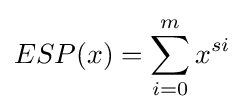
ESP(x)=\sum _{i=0}^{m}x^{si}